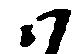
ハ